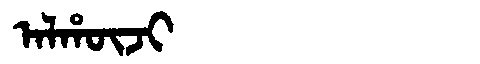
Manchu: ᠠᠯᡥᡡᠵᡳ
Romanization: ALHŪJI